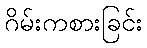
ဂိမ်းကစားခြင်း